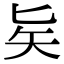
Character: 𠤕